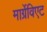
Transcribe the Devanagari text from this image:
मार्ग्रेविएट